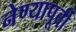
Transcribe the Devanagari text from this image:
नेण्यापूर्वी